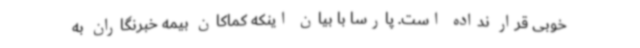
خوبی قرار نداده است. پارسا با بیان اینکه کماکان بیمه خبرنگاران به